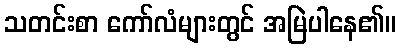
သတင်းစာ ကော်လံများတွင် အမြဲပါနေ၏။